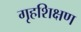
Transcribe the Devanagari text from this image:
गृहशिक्षण